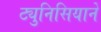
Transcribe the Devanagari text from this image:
ट्युनिसियाने